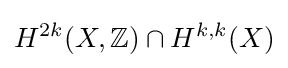
H^{2k}(X,\mathbb {Z} )\cap H^{k,k}(X)